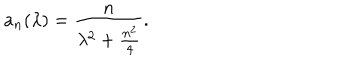
a _ { n } ( \lambda ) = \frac { n } { \lambda ^ { 2 } + \frac { n ^ { 2 } } { 4 } } .